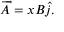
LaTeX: \overrightarrow { A } = x B \widehat { j } .